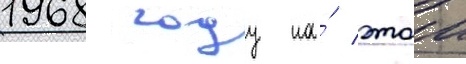
1968 году на́ этои